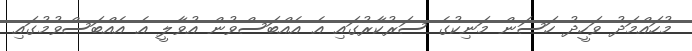
މުހައްމަދު ވަހީދު ހަސަން މަނިކުގެ ސަރުކާރުގައި އެ އެއްބަސްވުން އުވާލީ އެ އެއްބަސްވުމުގައި